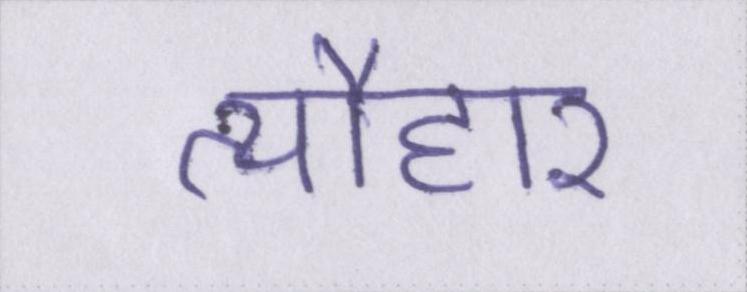
त्यौहार